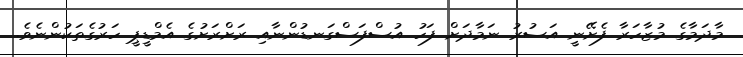
މާދަމާގެ މުޒާހަރާ ފެށޭނީ އަސުރު ނަމާދަށް ފަހު އުސްފަސްގަނޑުންނާއި ރަށްރަށުގެ އެމްޑީޕީ ހަރުގެތަކުންނެވެ.